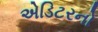
એડિટરનો